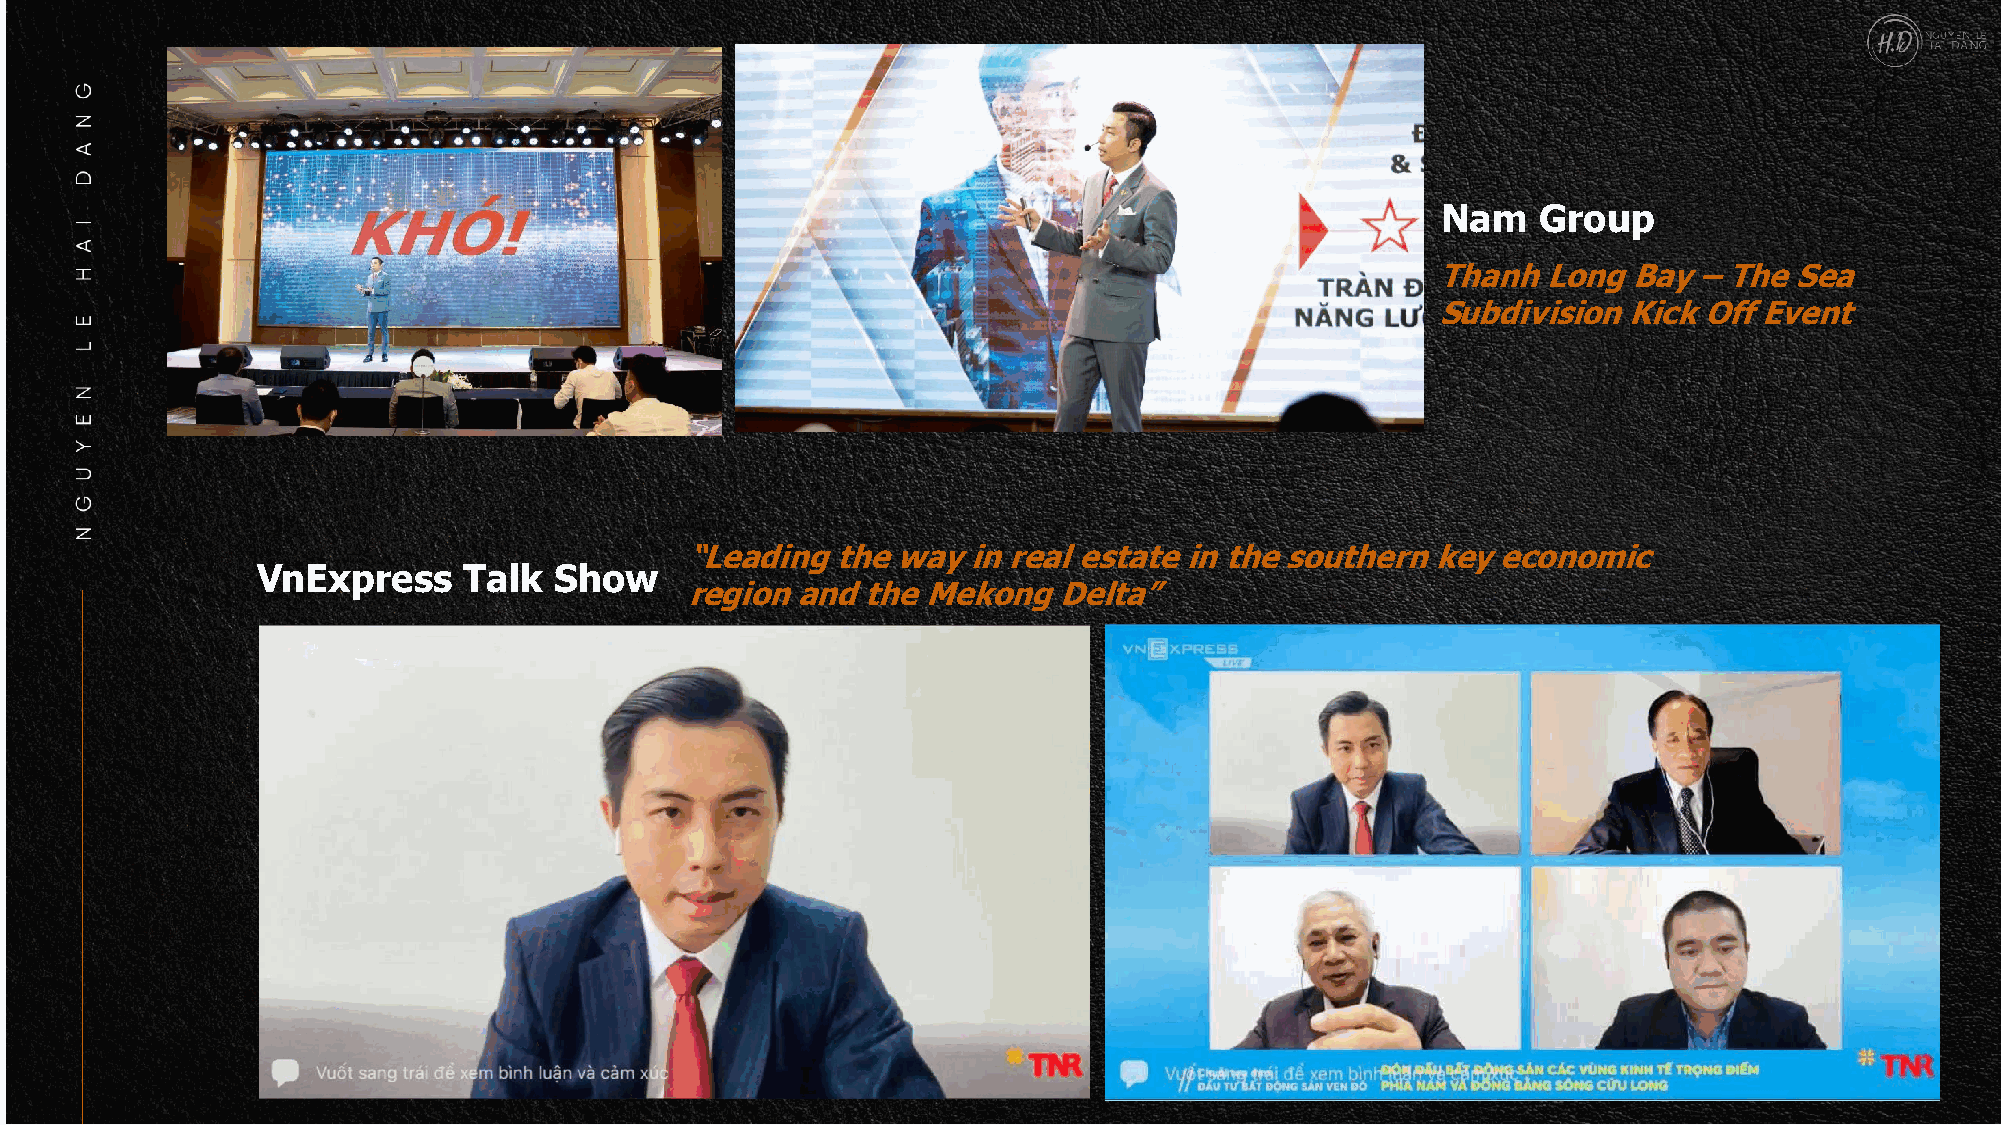
Nam    Group
 Thanh  Long  Bay – The  Sea
 Subdivision  Kick Off Event
 “Leading  the way  in real estate in the southern key economic
 VnExpress     Talk  Show
 region  and the Mekong   Delta”